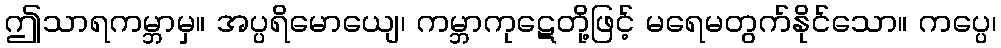
ဤသာရကမ္ဘာမှ။ အပ္ပရိမောယျေ၊ ကမ္ဘာကုဋေတို့ဖြင့် မရေမတွက်နိုင်သော။ ကပ္ပေ၊